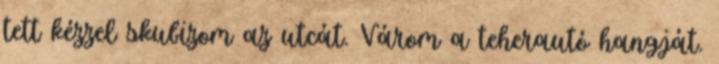
tett kézzel skubizom az utcát. Várom a teherautó hangját.